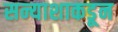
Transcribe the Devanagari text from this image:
सन्याशाकडून